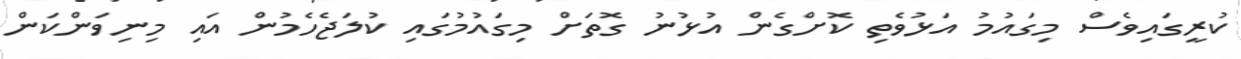
ކުރީގައިވެސް މިގައުމު އަޅުވެތި ކޮށްގެން އުޅުނު ގޮތަށް މިގައުމުގައި ކުލަޖެހެމުން އައި މިނިވަންކަން